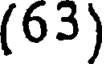
(63)